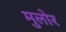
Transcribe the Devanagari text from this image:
मुलोर